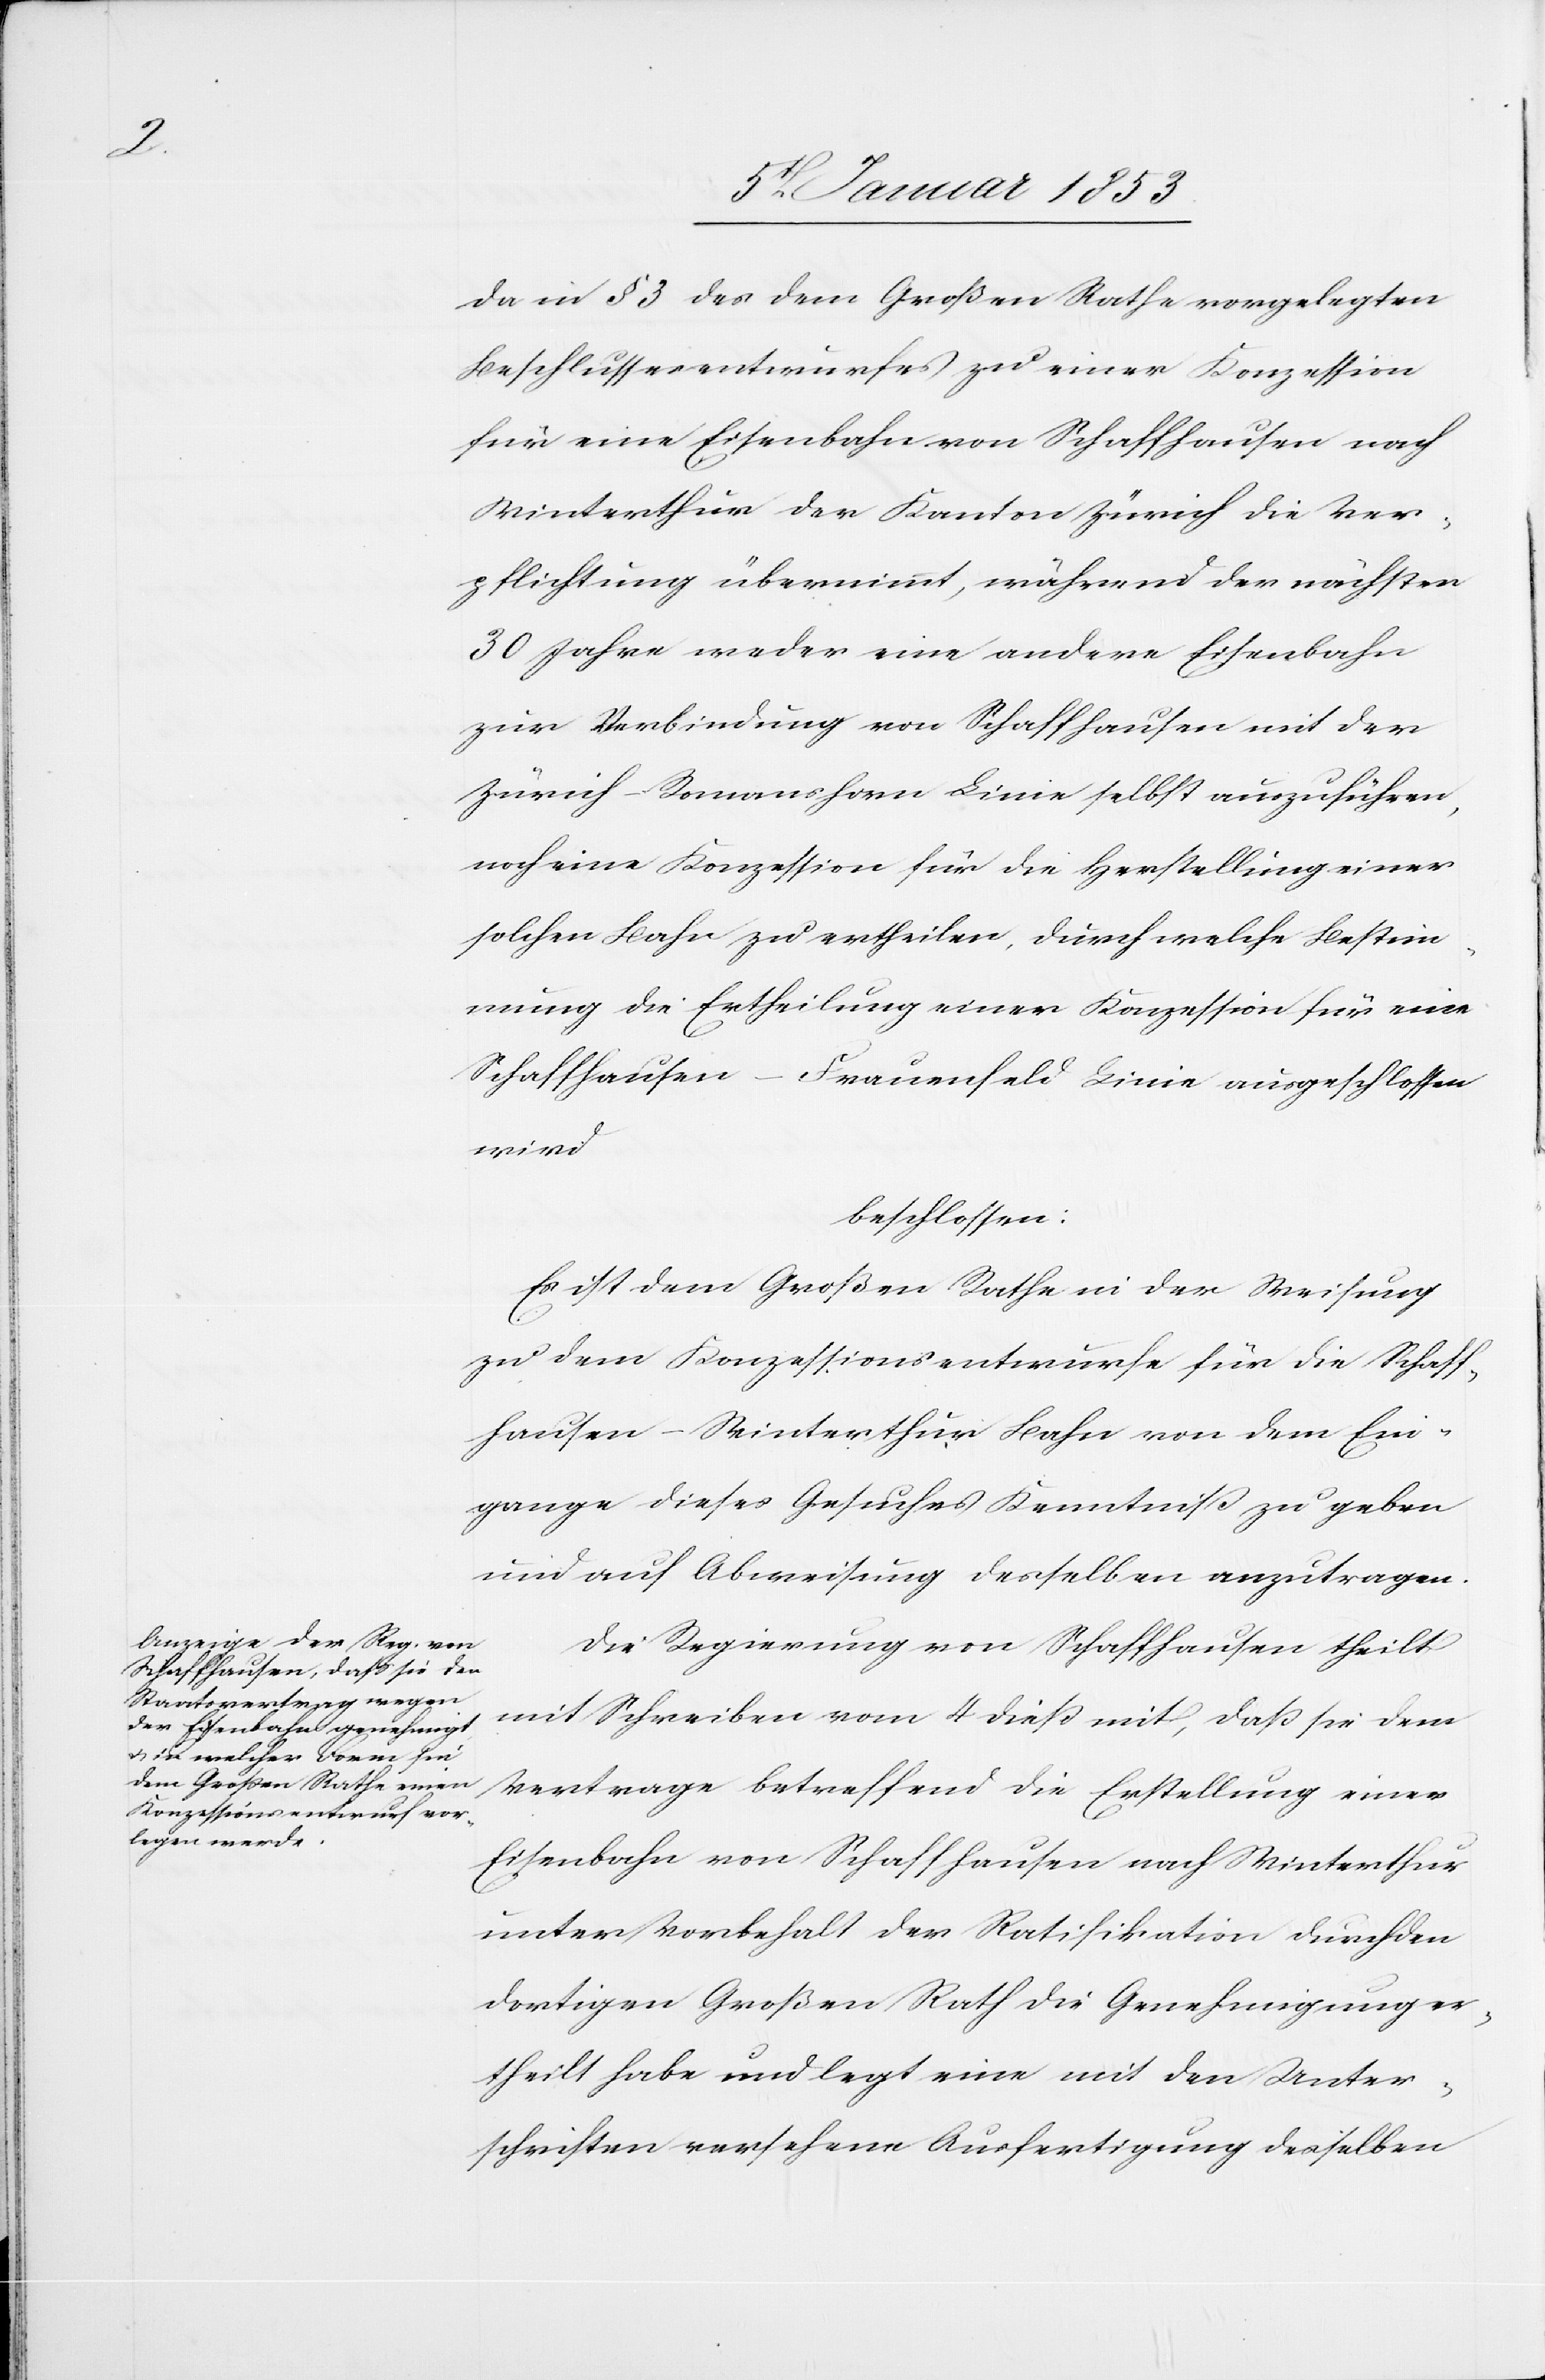
da in §. 3. des dem Großen Rathe vorgelegten
Beschlussesentwurfes zu einer Konzession
für eine Eisenbahn von Schaffhausen nach
Winterthur der Kanton Zürich die Ver¬
pflichtung übernimmt, während der nächsten
30. Jahre weder eine andere Eisenbahn
zur Verbindung von Schaffhausen und der
Zürich–Romanshorn Linie selbst auszuführen,
noch eine Konzession für die Herstellung einer
solchen Bahn zu ertheilen, durch welche Bestim¬
mung die Ertheilung einer Konzession für eine
Schaffhause¬
n–Frauenfeld Linie ausgeschlossen
wird.
beschlossen:
Es ist dem Großen Rathe in der Weisung
zu dem Konzessionsentwurfe für die Schaff¬
hausen–Winterthur Bahn von dem Ein¬
gange dieses Gesuches Kenntniß zu geben
und Abweisung desselben anzutragen.
Die Regierung von Schaffhausen theilt
mit Schreiben vom 4 diess mit ,dass sie dem
Vertrage betreffend die Erstellung einer
Eisenbahn von Schaffhausen nach Winterthur
unter Vorbehalt den Ratifikationen durch den
dortigen Großen Rath die Genehmigungen
ertheilt habe und legt eine mit den Unter¬
schriften versehene Ausfertigung derselben